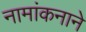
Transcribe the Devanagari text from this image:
नामांकनाने